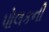
પોલકની